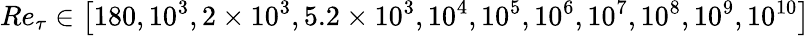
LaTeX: Re_{\tau}\in\left[180,10^{3},2\times 10^{3},5.2\times 10^{3},10^{4},10^{5},10^{6},10^{7},10^{8},10^{9},10^{10}\right]